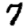
Digit: 7